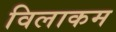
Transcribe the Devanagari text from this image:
विलाकम